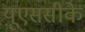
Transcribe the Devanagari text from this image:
यूएससीके